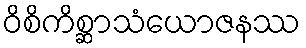
ဝိစိကိစ္ဆာသံယောဇနဿ